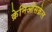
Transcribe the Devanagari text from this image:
क्रेनिओसक्रेल